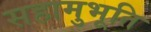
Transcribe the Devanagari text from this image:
सहामुभूति